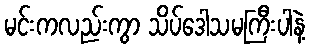
မင်းကလည်းကွာ သိပ်ဒေါသမကြီးပါနဲ့